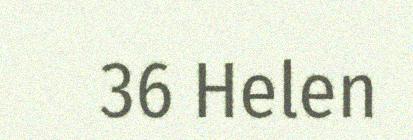
36 Helen